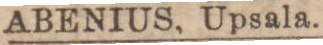
ABENIUS, Upsala.